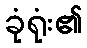
ခုံရုံး၏